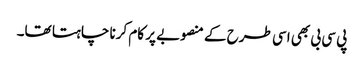
پی سی بی بھی اسی طرح کے منصوبے پر کام کرنا چاہتا تھا۔